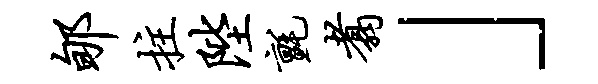
郇拄陛毡翥」